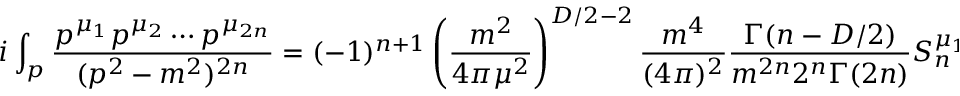
i \int _ { p } \frac { p ^ { \mu _ { 1 } } p ^ { \mu _ { 2 } } \cdots p ^ { \mu _ { 2 n } } } { ( p ^ { 2 } - m ^ { 2 } ) ^ { 2 n } } = ( - 1 ) ^ { n + 1 } \left( \frac { m ^ { 2 } } { 4 \pi \mu ^ { 2 } } \right) ^ { D / 2 - 2 } \frac { m ^ { 4 } } { ( 4 \pi ) ^ { 2 } } \frac { \Gamma ( n - D / 2 ) } { m ^ { 2 n } 2 ^ { n } \Gamma ( 2 n ) } S _ { n } ^ { \mu _ { 1 } \mu _ { 2 } \cdots \mu _ { 2 n } } \ .